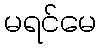
မရင်မေ